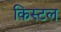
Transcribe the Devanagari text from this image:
किस्टल